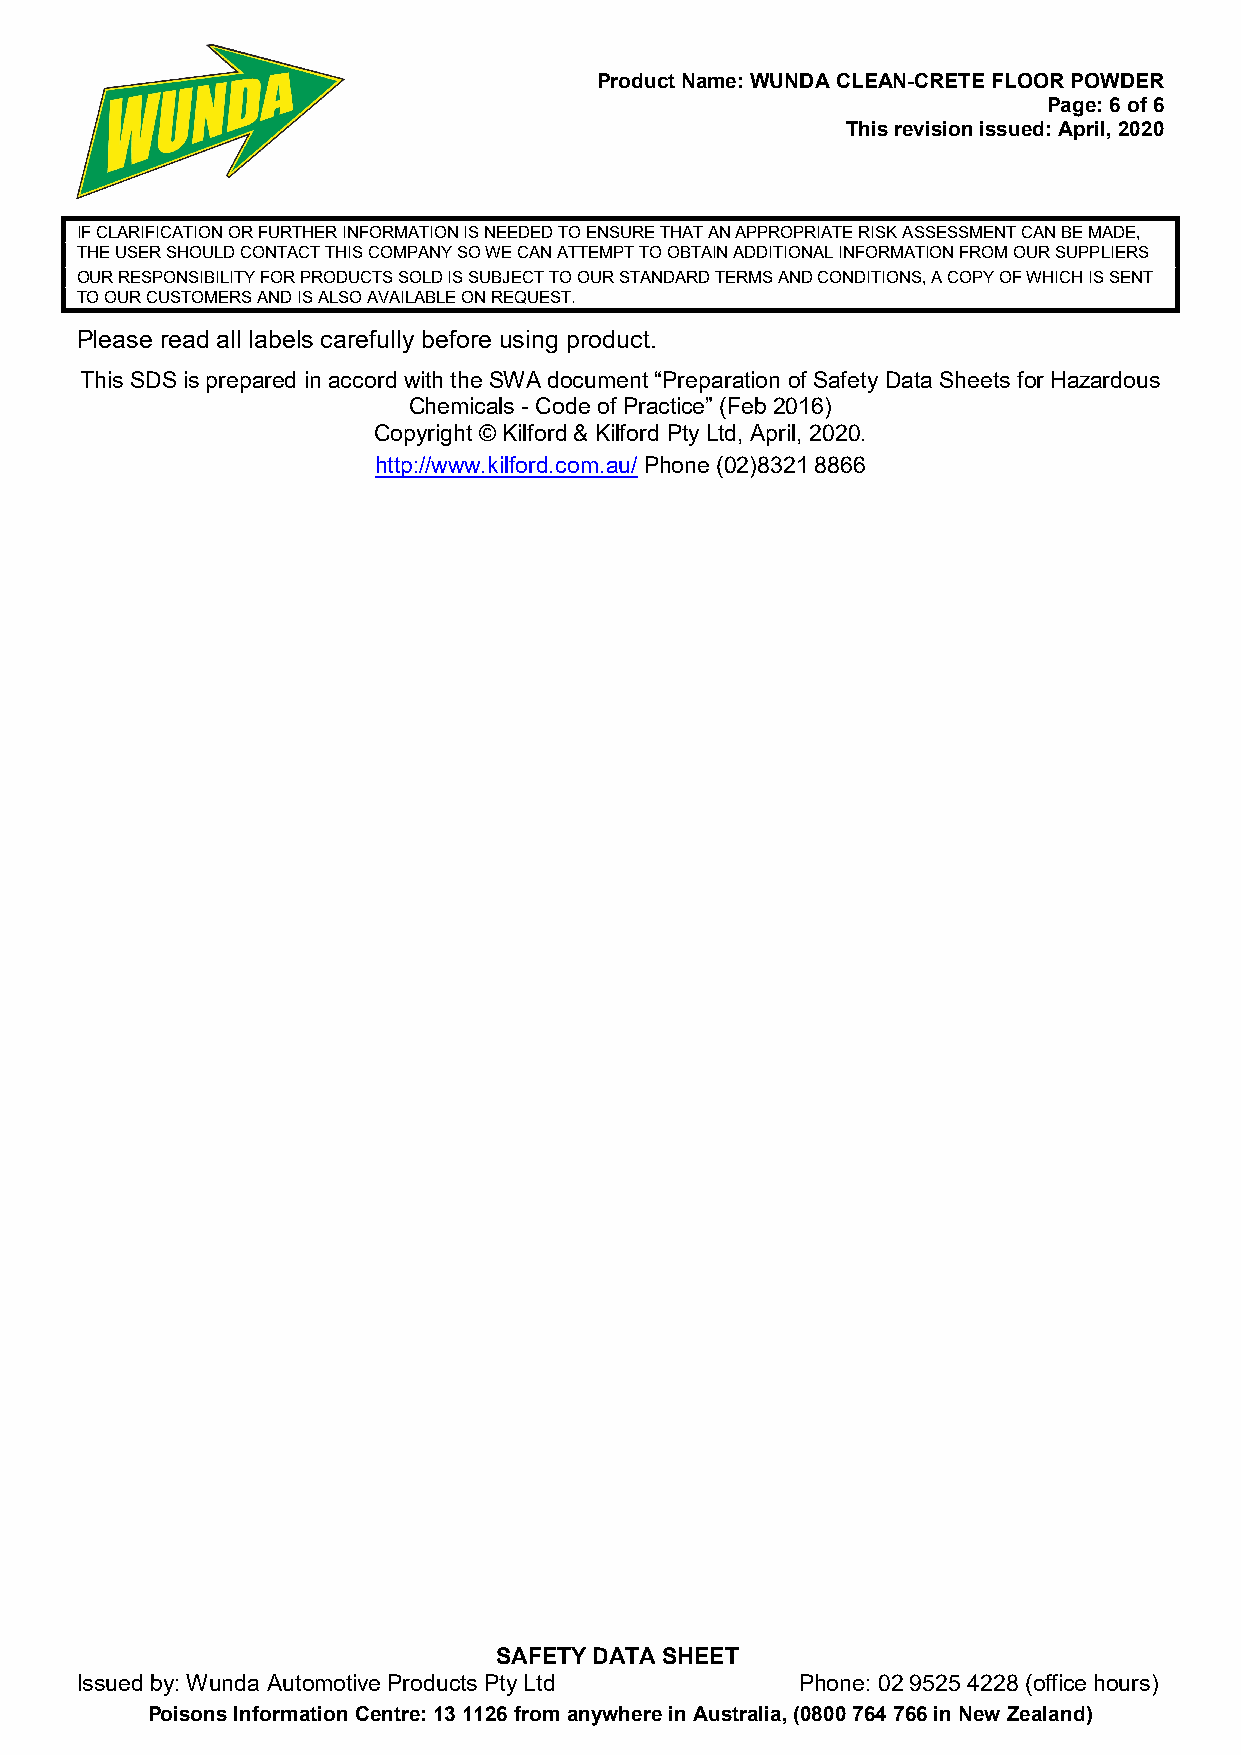
Product Name: WUNDA CLEAN-CRETE FLOOR POWDER
 Page: 6 of 6
 This revision issued: April, 2020
 IF CLARIFICATION OR FURTHER INFORMATION IS NEEDED TO ENSURE THAT AN APPROPRIATE RISK ASSESSMENT CAN BE MADE,
 THE USER SHOULD CONTACT THIS COMPANY SO WE CAN ATTEMPT TO OBTAIN ADDITIONAL INFORMATION FROM OUR SUPPLIERS
 OUR RESPONSIBILITY FOR PRODUCTS SOLD IS SUBJECT TO OUR STANDARD TERMS AND CONDITIONS, A COPY OF WHICH IS SENT
 TO OUR CUSTOMERS AND IS ALSO AVAILABLE ON REQUEST.
 Please read all labels carefully before using product.
 This SDS is prepared in accord with the SWA document “Preparation of Safety Data Sheets for Hazardous
 Chemicals - Code of Practice” (Feb 2016)
 Copyright © Kilford & Kilford Pty Ltd, April, 2020.
 http://www.kilford.com.au/ Phone (02)8321 8866
 SAFETY DATA SHEET
 Issued by: Wunda Automotive Products Pty Ltd    Phone: 02 9525 4228 (office hours)
 Poisons Information Centre: 13 1126 from anywhere in Australia, (0800 764 766 in New Zealand)